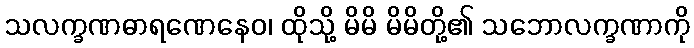
သလက္ခဏဓာရဏေနေဝ၊ ထိုသို့ မိမိ မိမိတို့၏ သဘောလက္ခဏာကို